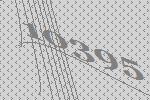
10395